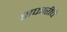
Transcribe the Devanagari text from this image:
सफारीचे